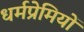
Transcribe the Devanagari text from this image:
धर्मप्रेमियों